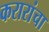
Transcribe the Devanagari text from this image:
करारांचा